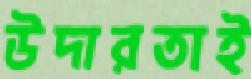
উদারতাই